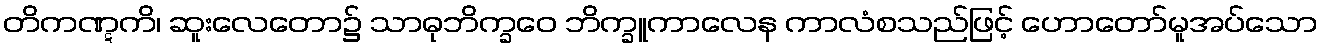
တိကဏ္ဋကိ၊ ဆူးလေတော၌ သာဓုဘိက္ခဝေ ဘိက္ခူကာလေန ကာလံစသည်ဖြင့် ဟောတော်မူအပ်သော